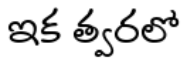
ఇక త్వరలో